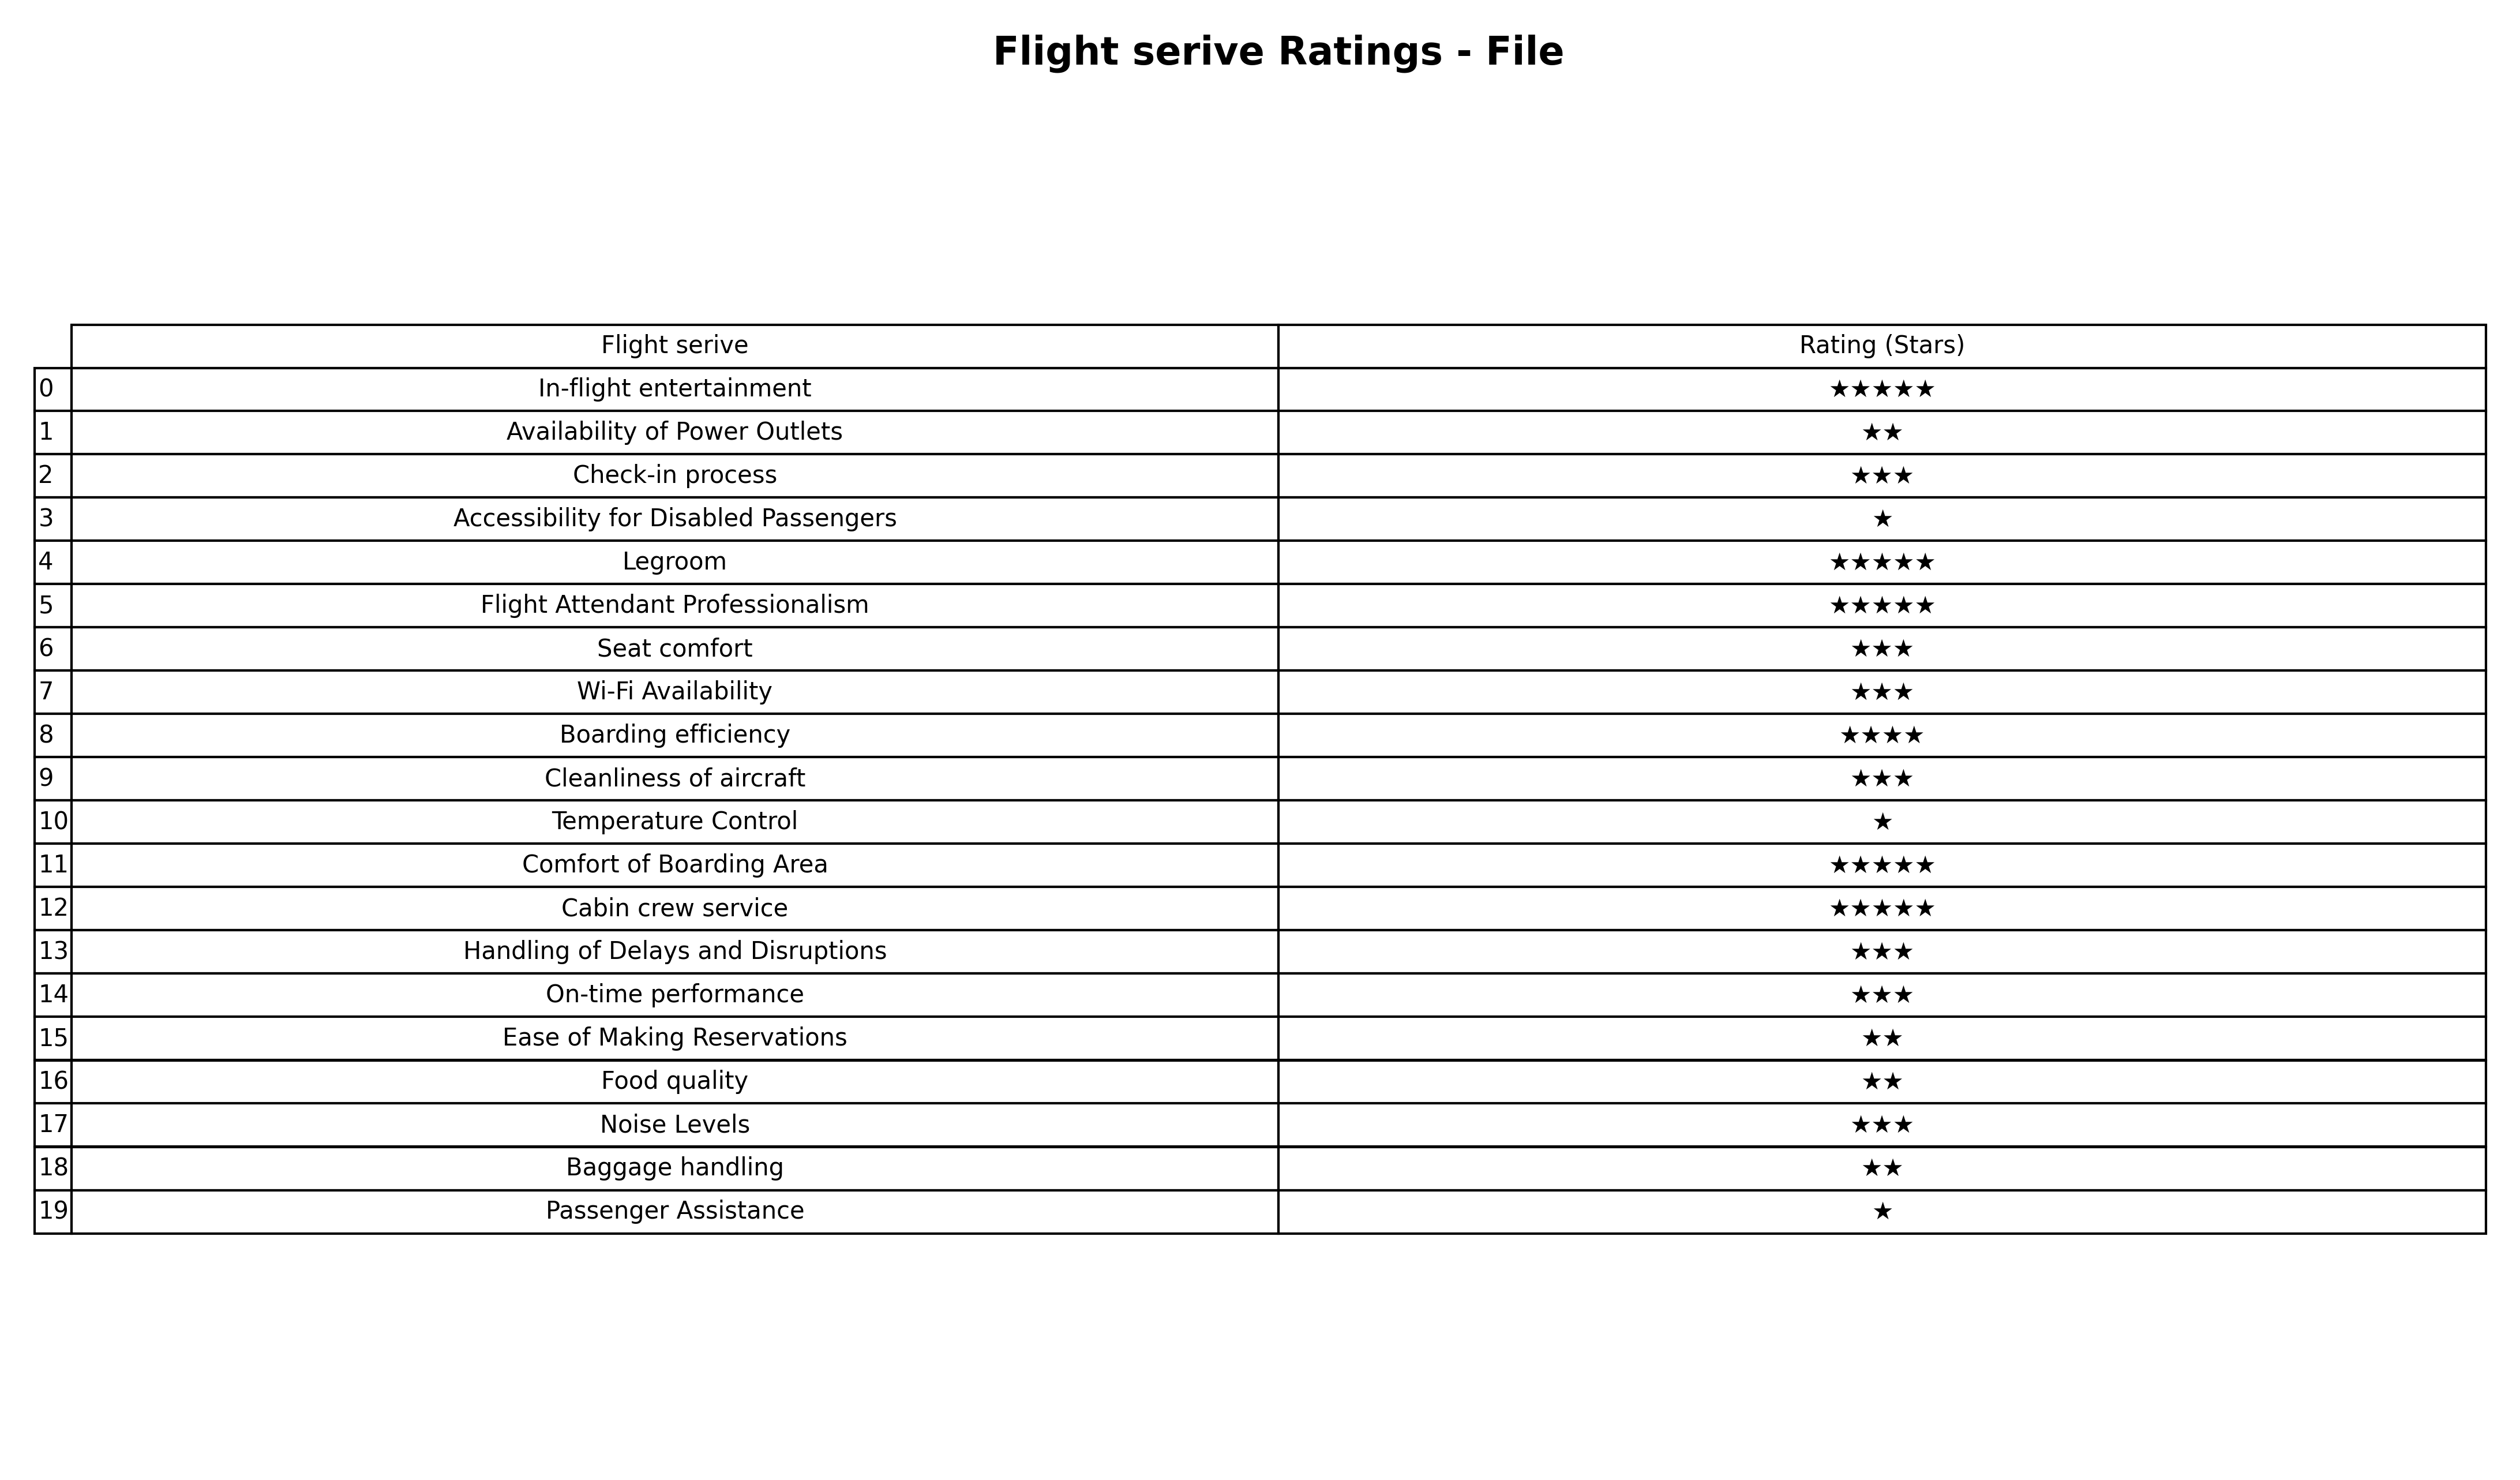
question: What is the rating of Cleanliness of aircraft?
answer: ★★★